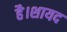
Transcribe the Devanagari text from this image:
है।शायद